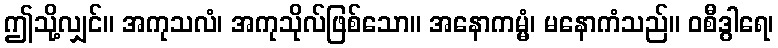
ဤသို့လျှင်။ အကုသလံ၊ အကုသိုလ်ဖြစ်သော။ အနောကမ္မံ၊ မနောကံသည်။ ဝစီဒွါရေ၊